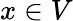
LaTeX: x\in V